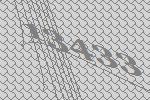
13433